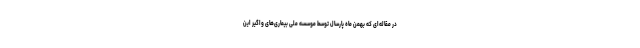
در مقاله‌ای که بهمن ماه پارسال توسط موسسه ملی بیماری‌های واگیر این